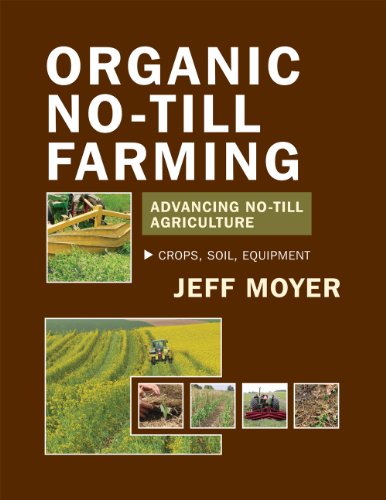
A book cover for Organic No-Till Farming: Advancing No-Till Agriculture: Crops, Soil, Equipment; Jeff Moyer; Science & Math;